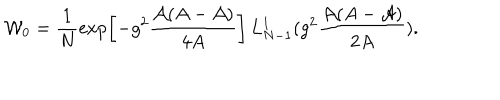
LaTeX: { \cal W } _ { 0 } = \frac { 1 } { N } \exp \left[ - g ^ { 2 } \frac { { \cal A } ( A - { \cal A } ) } { 4 A } \right] \, L _ { N - 1 } ^ { 1 } ( g ^ { 2 } \frac { { \cal A } ( A - { \cal A } ) } { 2 A } ) .